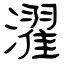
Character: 濯